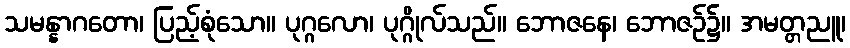
သမန္နာဂတော၊ ပြည့်စုံသော။ ပုဂ္ဂလော၊ ပုဂ္ဂိုလ်သည်။ ဘောဇနေ၊ ဘောဇဉ်၌။ အမတ္တညူ၊